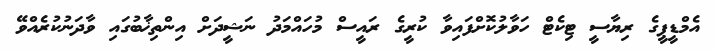
އެމްޑީޕީގެ ރިޔާސީ ޓިކެޓް ހަވާލުކޮށްފައިވާ ކުރީގެ ރައީސް މުހައްމަދު ނަޝީދަށް އިންތިޚާބުގައި ވާދަނުކުރެއްވޭ